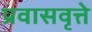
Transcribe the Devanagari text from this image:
प्रवासवृत्ते